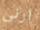
ارنى